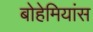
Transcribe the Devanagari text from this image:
बोहेमियांस